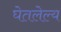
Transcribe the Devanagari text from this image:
घेतलेल्य